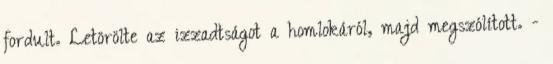
fordult. Letörölte az izzadtságot a homlokáról, majd megszólított. -